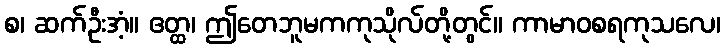
စ၊ ဆက်ဦးအံ့။ ဧတ္ထ၊ ဤတေဘူမကကုသိုလ်တို့တွင်။ ကာမာဝစရကုသလေ၊